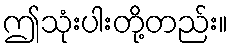
ဤသုံးပါးတို့တည်း။